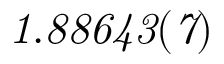
\it { 1 . 8 8 6 4 3 ( 7 ) }